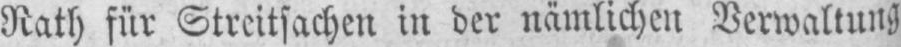
Rath für Streitsachen in der nämlichen Verwaltung